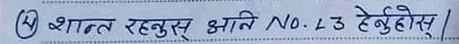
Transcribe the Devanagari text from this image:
शान्त रहनुस् झाति No. 43 टेबुहोसु ।